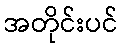
အတိုင်းပင်